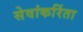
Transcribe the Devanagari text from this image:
सेवांकरिंता